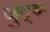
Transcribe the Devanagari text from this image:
जुष्क